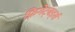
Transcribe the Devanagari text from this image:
फ़्रिगेट्बर्ड्स